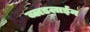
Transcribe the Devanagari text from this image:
ब्लडलाईन